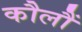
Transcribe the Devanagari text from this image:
कौलौं